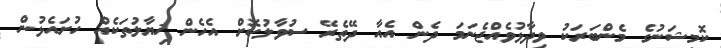
ކޮމިޝަނުގެ މެންބަރަކު ވިދާޅުވެއްޖެނަމަ ދެން އެއާ ދޭތެރޭ ސުވާލުކޮށް އެހެން ޚިޔާލުތަކެއް ހުށައެޅުން